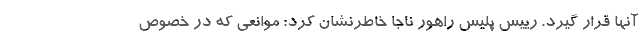
آنها‌ قرار گیرد. رییس پلیس راهور ناجا خاطرنشان کرد: موانعی که در خصوص